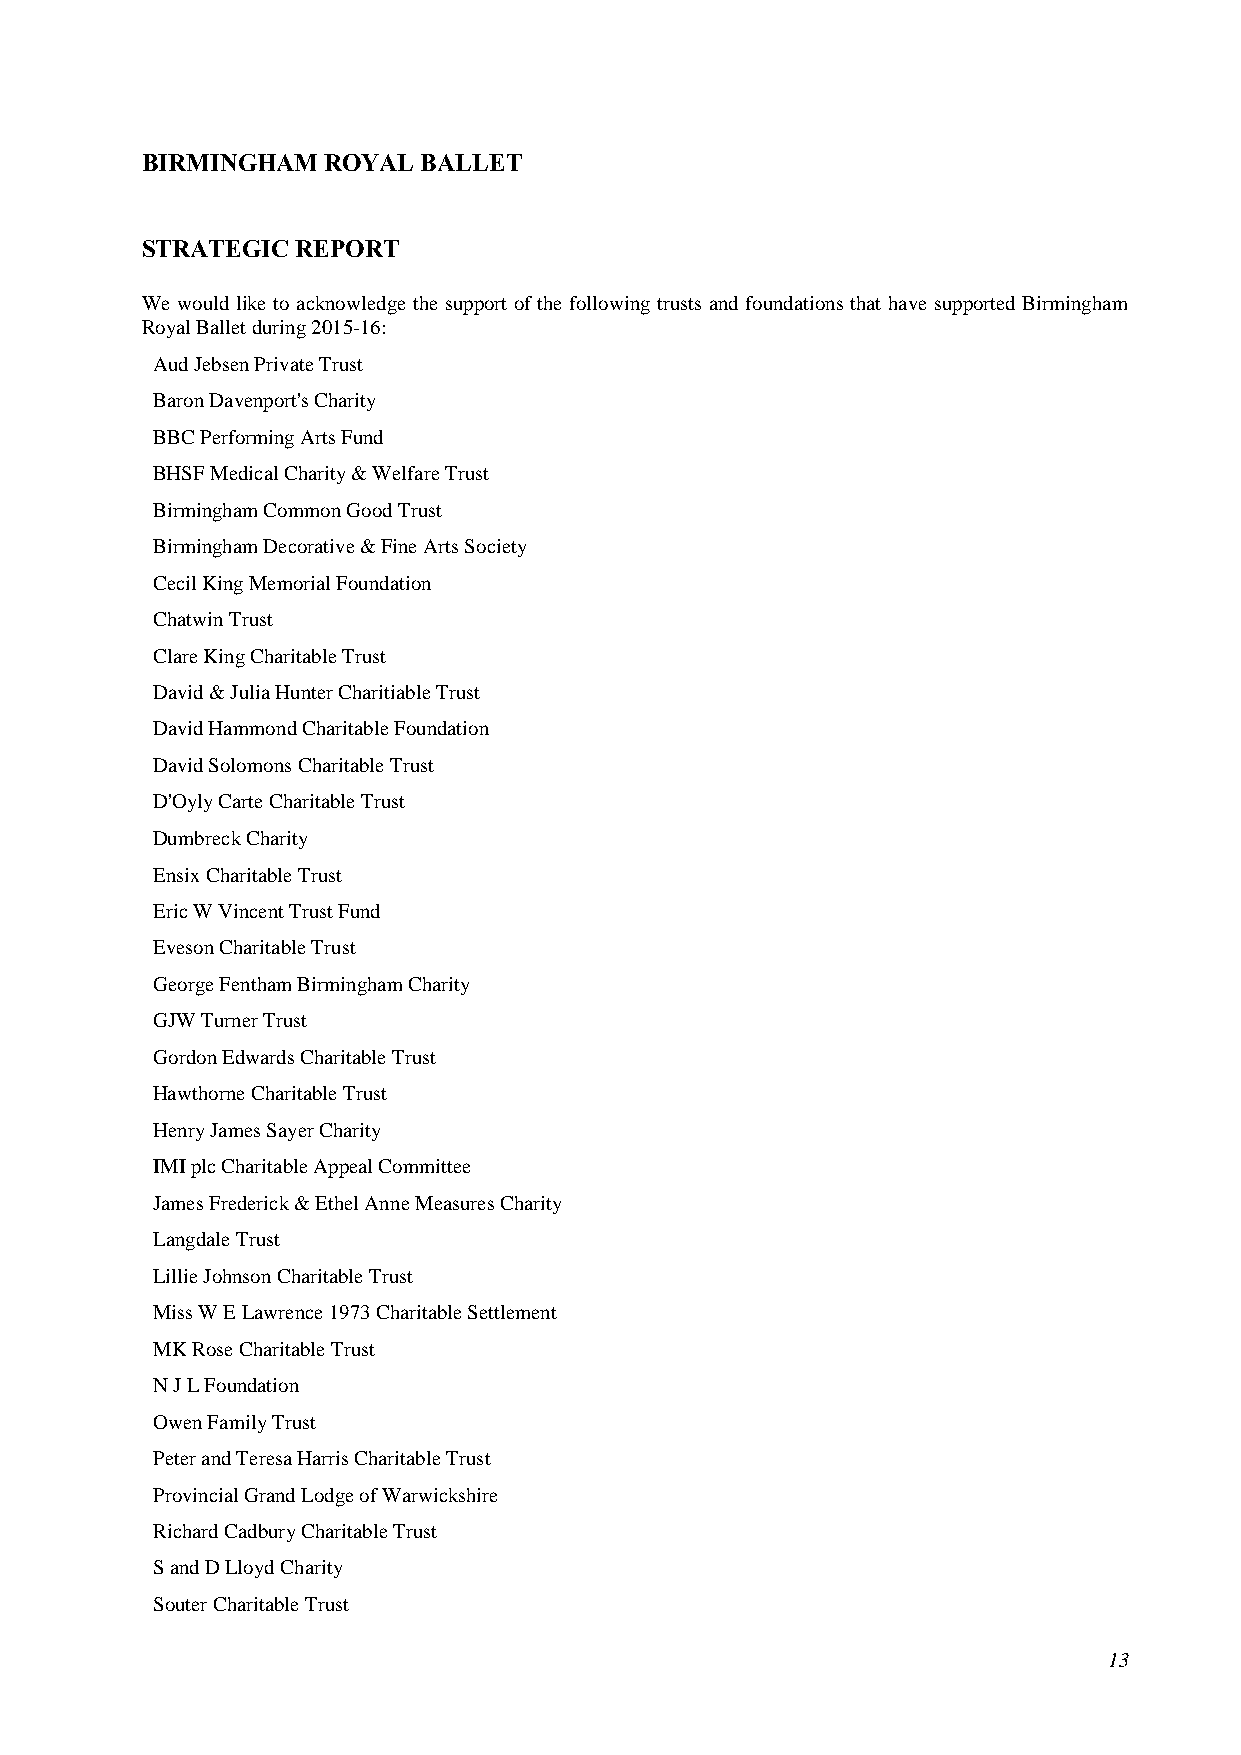
BIRMINGHAM  ROYAL  BALLET
 STRATEGIC  REPORT
 We would like to acknowledge the support of the following trusts and foundations that have supported Birmingham
 Royal Ballet during 2015-16:
 Aud Jebsen Private Trust
 Baron Davenport's Charity
 BBC Performing Arts Fund
 BHSF Medical Charity & Welfare Trust
 Birmingham Common Good Trust
 Birmingham Decorative & Fine Arts Society
 Cecil King Memorial Foundation
 Chatwin Trust
 Clare King Charitable Trust
 David & Julia Hunter Charitiable Trust
 David Hammond Charitable Foundation
 David Solomons Charitable Trust
 D'Oyly Carte Charitable Trust
 Dumbreck Charity
 Ensix Charitable Trust
 Eric W Vincent Trust Fund
 Eveson Charitable Trust
 George Fentham Birmingham Charity
 GJW Turner Trust
 Gordon Edwards Charitable Trust
 Hawthorne Charitable Trust
 Henry James Sayer Charity
 IMI plc Charitable Appeal Committee
 James Frederick & Ethel Anne Measures Charity
 Langdale Trust
 Lillie Johnson Charitable Trust
 Miss W E Lawrence 1973 Charitable Settlement
 MK Rose Charitable Trust
 N J L Foundation
 Owen Family Trust
 Peter and Teresa Harris Charitable Trust
 Provincial Grand Lodge of Warwickshire
 Richard Cadbury Charitable Trust
 S and D Lloyd Charity
 Souter Charitable Trust
 13